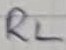
Text: RL